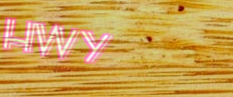
Hwy